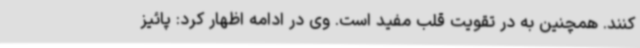
کنند. همچنین به در تقویت قلب مفید است. وی در ادامه اظهار کرد: پائیز